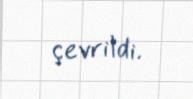
çevrildi.